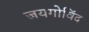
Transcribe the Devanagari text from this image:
जयगोविंद